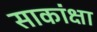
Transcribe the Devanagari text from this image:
साकांक्षा